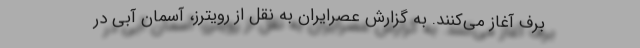
برف آغاز می‌کنند. به گزارش عصرایران به نقل از رویترز، آسمان آبی در